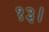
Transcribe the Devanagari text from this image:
१३।